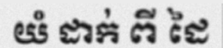
យំ ដាក់ ពី ដៃ